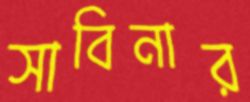
সাবিনার